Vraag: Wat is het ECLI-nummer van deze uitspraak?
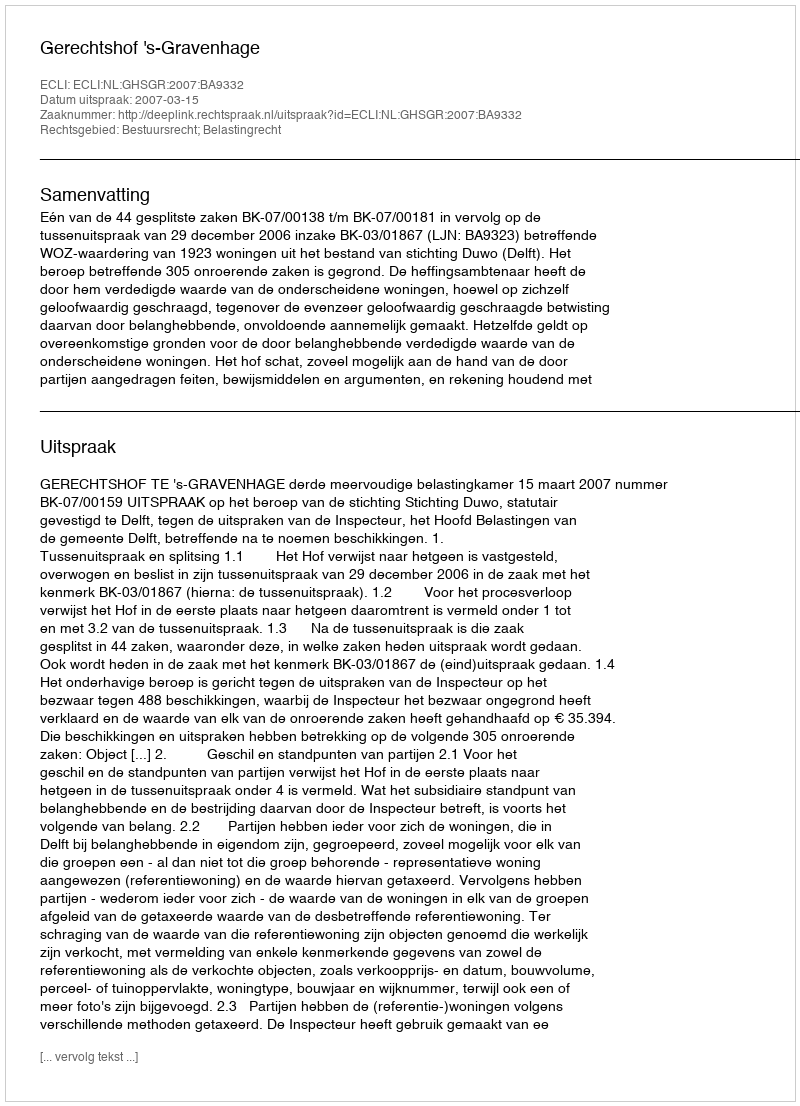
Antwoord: ECLI:NL:GHSGR:2007:BA9332